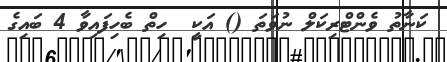
ކަނާތު ވެންޓްރިކަލް ނުވަތަ () އަކީ  ހިތް ބެހިފައިވާ 4 ބައިގެ